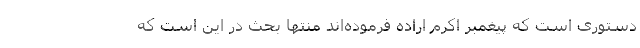
دستوری است که پیغمبر اکرم اراده فرموده‌اند منتها بحث در این است که